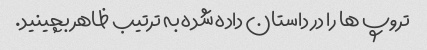
تروپ ها را در داستان داده شده به ترتیب ظاهر بچینید.